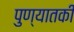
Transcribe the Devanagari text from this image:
पुण्यातकी